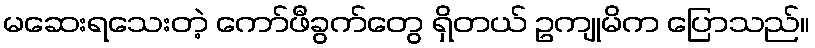
မဆေးရသေးတဲ့ ကော်ဖီခွက်တွေ ရှိတယ် ဥကျုမိက ပြောသည်။